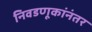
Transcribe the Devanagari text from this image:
निवडणूकांनंतर